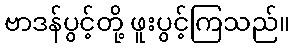
ဗာဒန်ပွင့်တို့ ဖူးပွင့်ကြသည်။